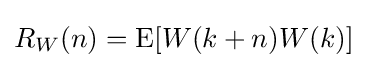
R_{W}(n)=\operatorname {E} [W(k+n)W(k)]